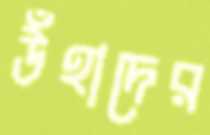
উঁহাদের